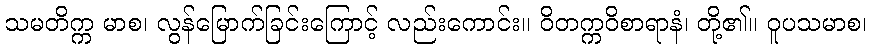
သမတိက္က မာစ၊ လွန်မြောက်ခြင်းကြောင့် လည်းကောင်း။ ဝိတက္ကဝိစာရာနံ၊ တို့၏။ ဝူပသမာစ၊